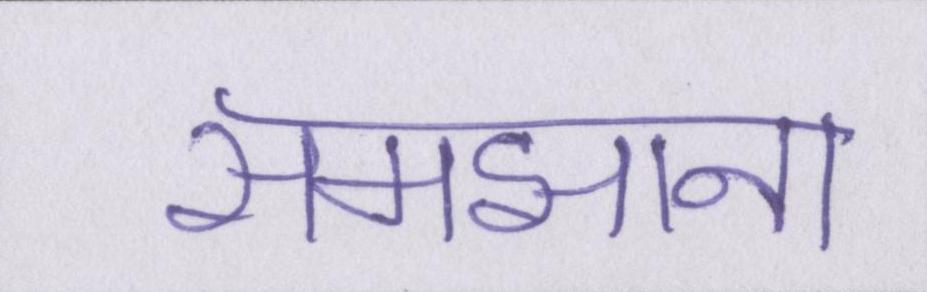
समझाना